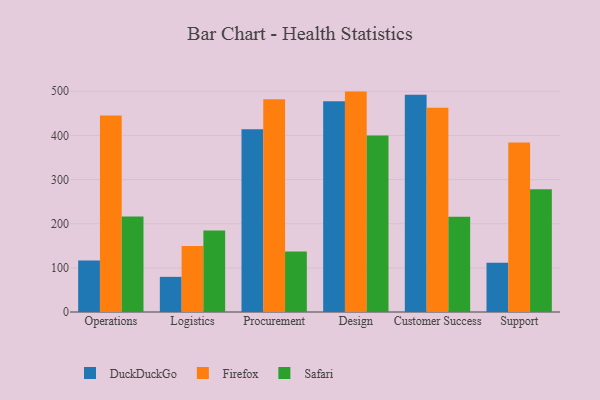
{"axis": {"x": "Department", "y": "Production Output"}, "legend": ["DuckDuckGo", "Firefox", "Safari"], "data": [{"x": "Operations", "y": 116.6, "type": "DuckDuckGo"}, {"x": "Operations", "y": 445.3, "type": "Firefox"}, {"x": "Operations", "y": 216.2, "type": "Safari"}, {"x": "Logistics", "y": 79.6, "type": "DuckDuckGo"}, {"x": "Logistics", "y": 149.6, "type": "Firefox"}, {"x": "Logistics", "y": 184.7, "type": "Safari"}, {"x": "Procurement", "y": 414.2, "type": "DuckDuckGo"}, {"x": "Procurement", "y": 482.0, "type": "Firefox"}, {"x": "Procurement", "y": 137.1, "type": "Safari"}, {"x": "Design", "y": 477.6, "type": "DuckDuckGo"}, {"x": "Design", "y": 499.2, "type": "Firefox"}, {"x": "Design", "y": 399.9, "type": "Safari"}, {"x": "Customer Success", "y": 492.1, "type": "DuckDuckGo"}, {"x": "Customer Success", "y": 462.4, "type": "Firefox"}, {"x": "Customer Success", "y": 215.8, "type": "Safari"}, {"x": "Support", "y": 111.6, "type": "DuckDuckGo"}, {"x": "Support", "y": 384.1, "type": "Firefox"}, {"x": "Support", "y": 278.2, "type": "Safari"}]}